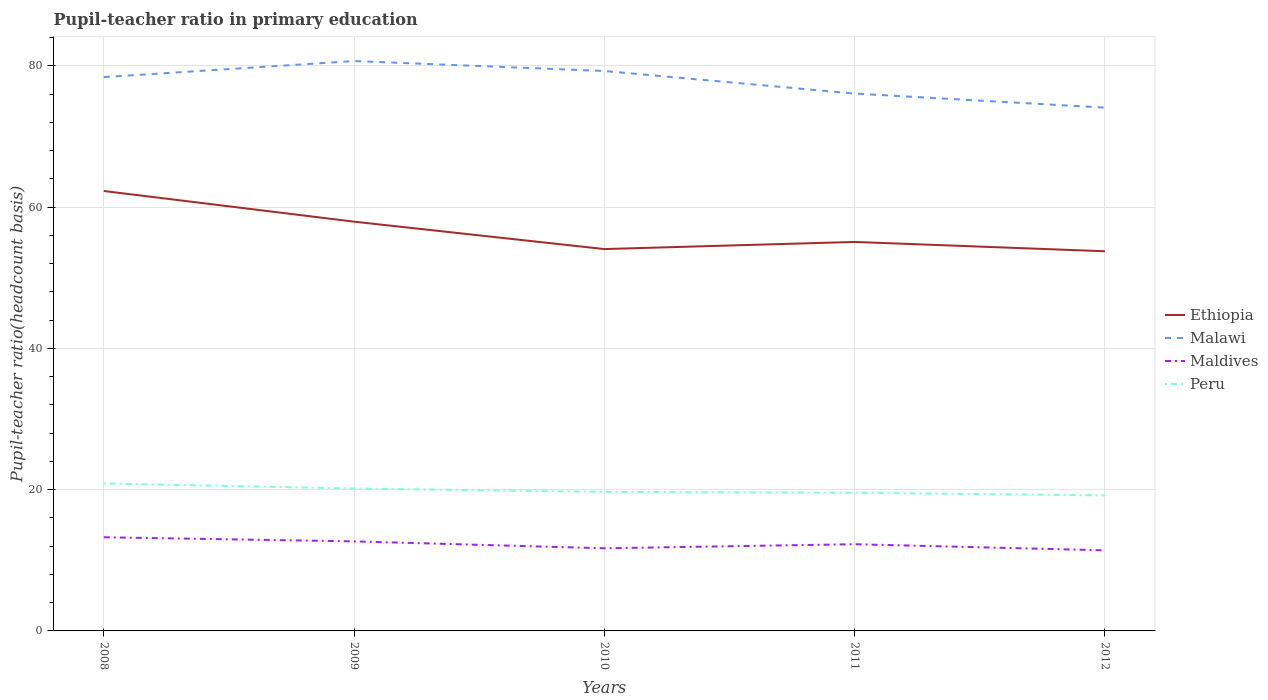
| Years | Ethiopia | Malawi | Maldives | Peru |
 | --- | --- | --- | --- | --- |
 | 2008 | 62.3 | 78.4 | 13.3 | 20.9 |
 | 2009 | 57.9 | 80.7 | 12.7 | 20.2 |
 | 2010 | 54.1 | 79.3 | 11.7 | 19.7 |
 | 2011 | 55.1 | 76.1 | 12.3 | 19.6 |
 | 2012 | 53.7 | 74.1 | 11.4 | 19.2 |